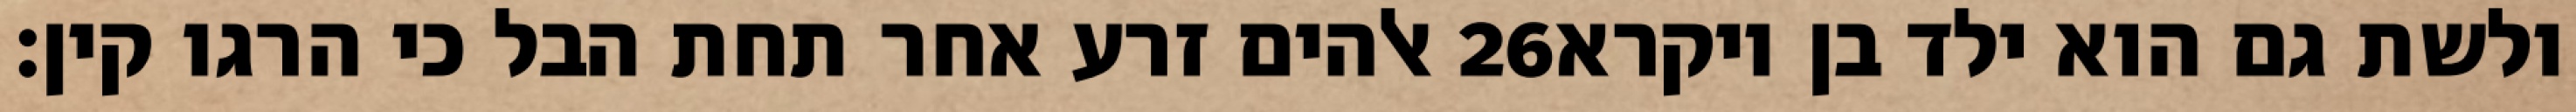
אלהים זרע אחר תחת הבל כי הרגו קין׃ ‎26‏ ולשת גם הוא ילד בן ויקרא